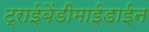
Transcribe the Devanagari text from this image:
ट्राईबेंडीमाईडाईन